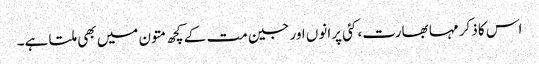
اس کا ذکر مہا بھارت، کئی پرانوں اور جین مت کے کچھ متون میں بھی ملتا ہے۔